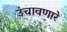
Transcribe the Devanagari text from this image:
उंचावणारे